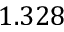
1 . 3 2 8